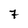
Character: 7